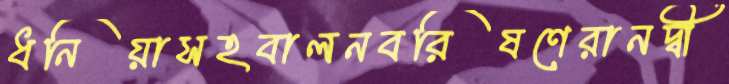
ধনিয়াসহবালনবরিষণেরানদ্বী